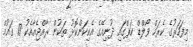
މިފަހަރުގެ ކެރަމް ވޯލްޑް ކަޕްގައި ދުނިއޭގެ އެކިކަންކޮޅު ތަކުން ރާއްޖެއާއެކު 17 ގައުމް